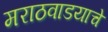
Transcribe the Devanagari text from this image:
मराठवाडयाचे